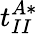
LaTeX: t_{II}^{A*}